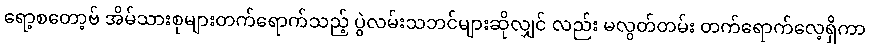
ရော့စတော့ဗ် အိမ်သားစုများတက်ရောက်သည့် ပွဲလမ်းသဘင်များဆိုလျှင် လည်း မလွတ်တမ်း တက်ရောက်လေ့ရှိကာ